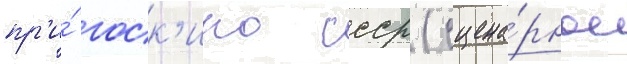
пр'и́ госк'ино ссср (сцена́рное